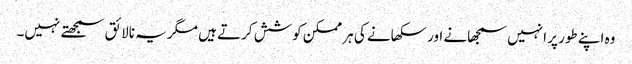
وہ اپنے طور پر انہیں سمجھانے اور سکھانے کی ہر ممکن کوشش کرتے ہیں مگر یہ نالائق سمجھتے نہیں۔